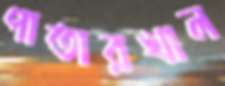
পাতারখাল